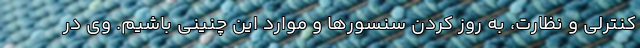
کنترلی و نظارت، به روز کردن سنسورها و موارد این چنینی باشیم. وی در